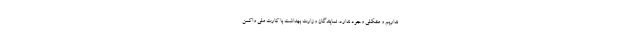
نداریم و مشکلی وجود ندارد. نمایندگان وزارت بهداشت با کارت ملی واکسن